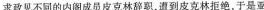
求政见不同的内阁成员皮克林辞职，道到皮克林拒绝，于是亚